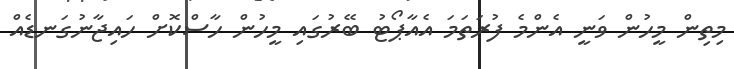
މިތިން މީހުން ވަނީ އެންމެ ފުރަތަމަ އެއާޕޯޓު ބޭރުގައި މީހުން ހާސްކޮށް ހައިޖާނުގަނޑެއް